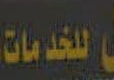
للخدمات